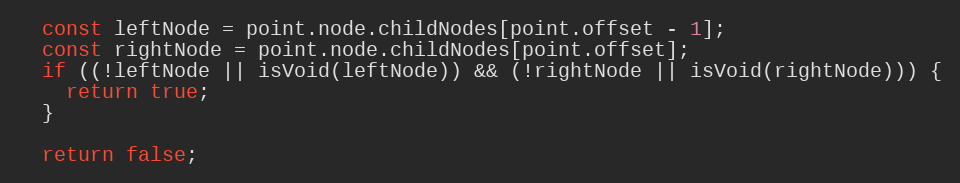
Language: JavaScript
  const leftNode = point.node.childNodes[point.offset - 1];
  const rightNode = point.node.childNodes[point.offset];
  if ((!leftNode || isVoid(leftNode)) && (!rightNode || isVoid(rightNode))) {
    return true;
  }

  return false;